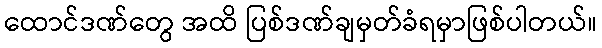
ထောင်ဒဏ်တွေ အထိ ပြစ်ဒဏ်ချမှတ်ခံရမှာဖြစ်ပါတယ်။